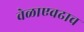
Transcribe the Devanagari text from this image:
वेळाएवढाच